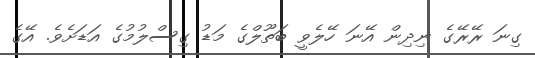
ގިނަ ރޭރޭގެ ނިދިން އޭނަ ހޭލެވީ ބަތޫލްގެ މަޑު ގިސްލުމުގެ އަޑަށެވެ. އޭގެ